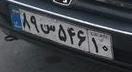
۸۹س۵۴۶۱۰